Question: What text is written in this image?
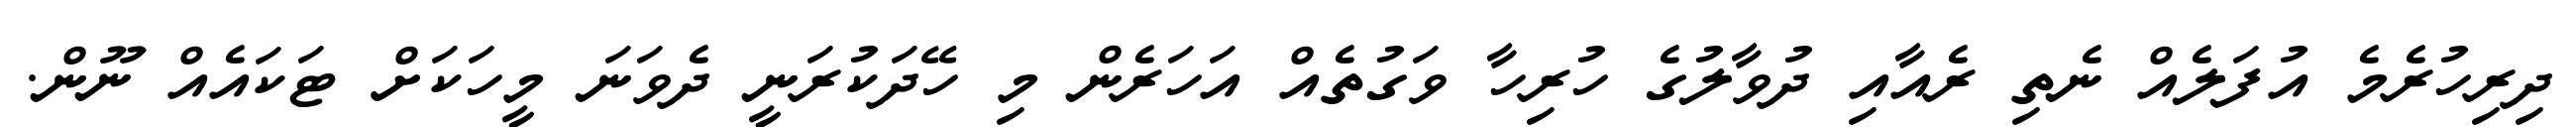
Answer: ދިރިހުރެމެ އުފަލެއް ނެތި ރެއާއި ދުވާލުގެ ހުރިހާ ވަގުތެއް އަހަރެން މި ހޭދަކުރަނީ ދެވަނަ މީހަކަށް ޓަކައެއް ނޫން.